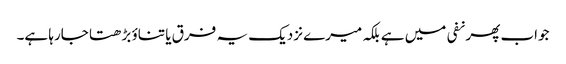
جواب پھر نفی میں ہے بلکہ میرے نزدیک یہ فرق یا تناؤ بڑھتا جارہا ہے۔